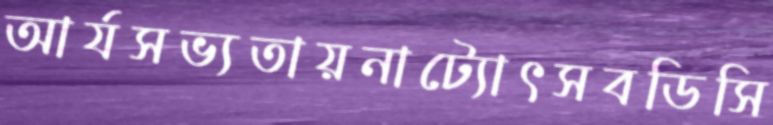
আর্যসভ্যতায়নাট্যোৎসবডিসি